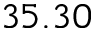
3 5 . 3 0